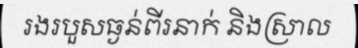
រងរបួសធ្ងន់ពីរនាក់ និងស្រាល